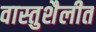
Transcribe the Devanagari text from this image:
वास्तुशैलीत